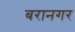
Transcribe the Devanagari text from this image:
बरानगर